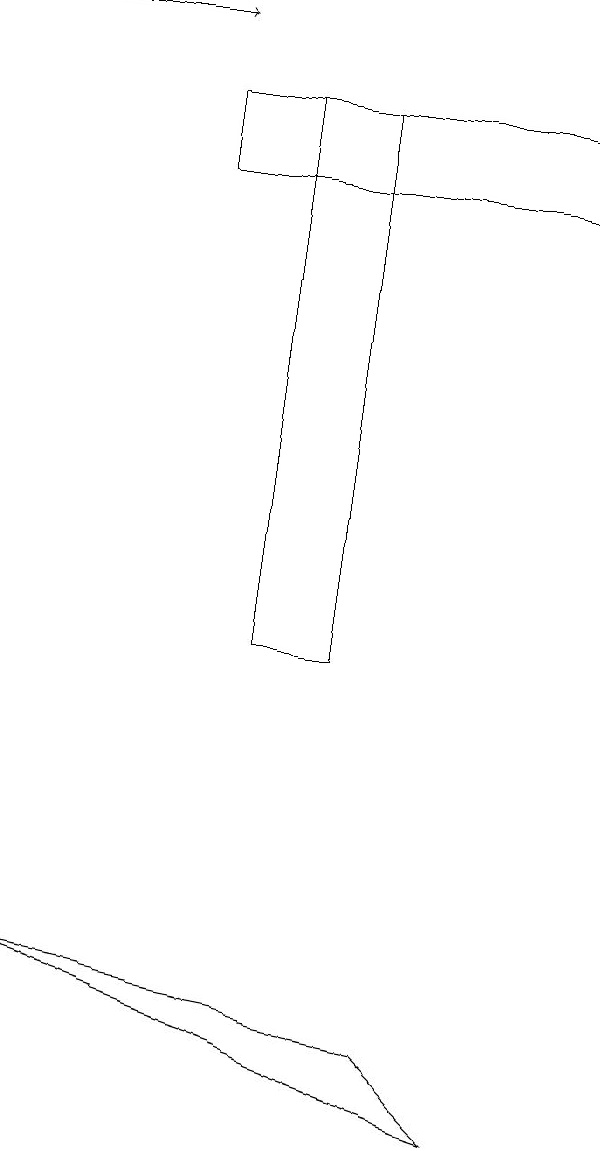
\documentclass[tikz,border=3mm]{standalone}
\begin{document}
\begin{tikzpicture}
\draw (7,17) rectangle (2,18);
\draw (4,18) rectangle (3,11);
\draw[->] (0,19) -- (2,19);
\draw (5,6) -- (0,7) -- (6,5) -- cycle;
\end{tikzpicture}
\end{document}